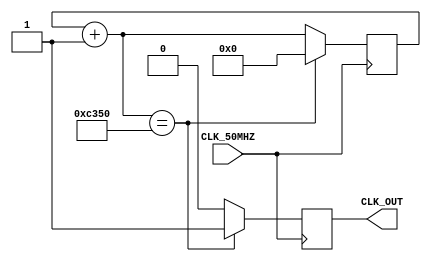
module CLock_divider(
					input CLK_50MHZ,
					output reg CLK_OUT
						  );
			parameter n = 50000;	
			reg [31:0] count;
			always @(posedge CLK_50MHZ)
			begin
				count = count + 1;
				if (count == n)
				begin
					CLK_OUT = 1;
					count = 0;
				end
				else
					CLK_OUT = 0;
			end					  		
endmodule